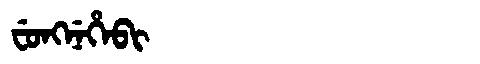
Manchu: ᠸᡠᠩᠨᡝᡥᡝᠪᡳ
Romanization: FUNGNEHEBI